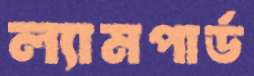
ল্যামপার্ড